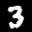
Label: 3